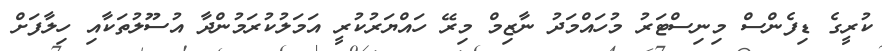
ކުރީގެ ޑިފެންސް މިނިސްޓަރު މުހައްމަދު ނާޒިމް މިރޭ ހައްޔަރުކުރީ އަމަލުކުރަމުންދާ އުސޫލުތަކާއި ހިލާފަށް